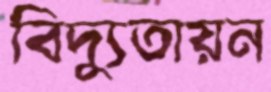
বিদ্যুতায়ন